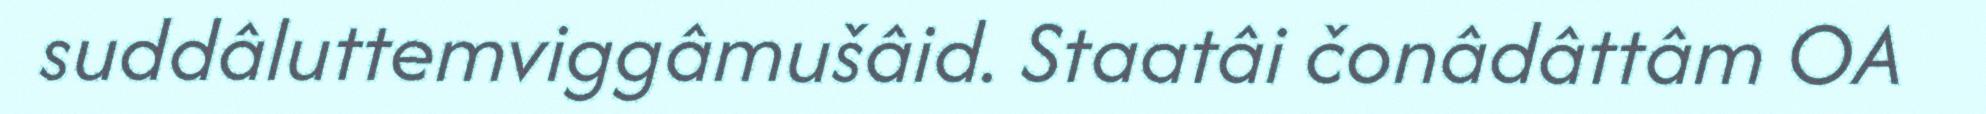
suddâluttemviggâmušâid. Staatâi čonâdâttâm OA